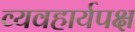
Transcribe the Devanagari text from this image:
व्यवहार्यपक्ष